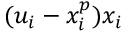
( u _ { i } - x _ { i } ^ { p } ) x _ { i }